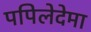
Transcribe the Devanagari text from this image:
पपिलेदेमा